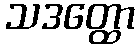
သဒတ္ထော